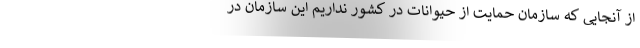
از آنجایی که سازمان حمایت از حیوانات در کشور نداریم این سازمان در